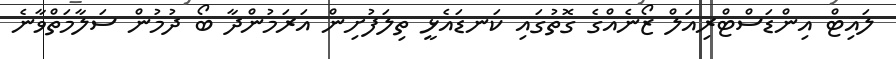
ލައިޓް އިންޑަސްޓްރިއަލް ޒޯނެއްގެ ގޮތުގައި ކަނޑައެޅީ ތިލަފުށިން އަރަމުންދާ ބޯ ދުމުން ސަލާމަތްވާނެ